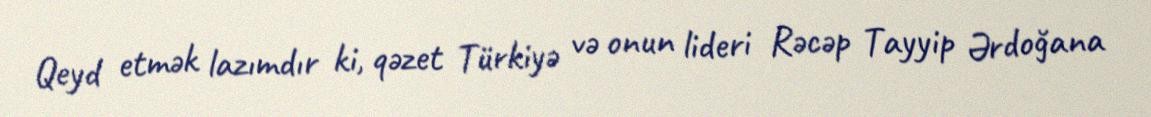
Qeyd etmək lazımdır ki, qəzet Türkiyə və onun lideri Rəcəp Tayyip Ərdoğana